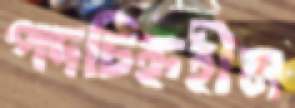
পদচিহ্নহীন